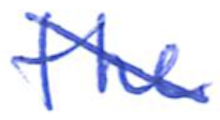
Text: the
Cross-out: diagonal
Writing tool: ballpoint